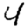
Digit: 4